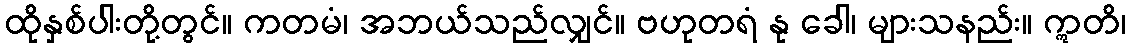
ထိုနှစ်ပါးတို့တွင်။ ကတမံ၊ အဘယ်သည်လျှင်။ ဗဟုတရံ နု ခေါ၊ များသနည်း။ ဣတိ၊